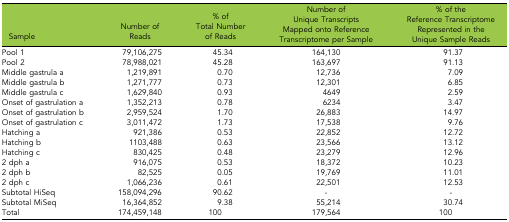
<table><thead><tr><td><b>Sample</b></td><td><b>Number of Reads</b></td><td><b>% of Total Number of Reads</b></td><td><b>Number of Unique Transcripts Mapped onto Reference Transcriptome per Sample</b></td><td><b>% of the Reference Transcriptome Represented in the Unique Sample Reads</b></td></tr></thead><tbody><tr><td>Pool 1</td><td>79,106,275</td><td>45.34</td><td>164,130</td><td>91.37</td></tr><tr><td>Pool 2</td><td>78,988,021</td><td>45.28</td><td>163,697</td><td>91.13</td></tr><tr><td>Middle gastrula a</td><td>1,219,891</td><td>0.70</td><td>12,736</td><td>7.09</td></tr><tr><td>Middle gastrula b</td><td>1,271,777</td><td>0.73</td><td>12,301</td><td>6.85</td></tr><tr><td>Middle gastrula c</td><td>1,629,840</td><td>0.93</td><td>4649</td><td>2.59</td></tr><tr><td>Onset of gastrulation a</td><td>1,352,213</td><td>0.78</td><td>6234</td><td>3.47</td></tr><tr><td>Onset of gastrulation b</td><td>2,959,524</td><td>1.70</td><td>26,883</td><td>14.97</td></tr><tr><td>Onset of gastrulation c</td><td>3,011,472</td><td>1.73</td><td>17,538</td><td>9.76</td></tr><tr><td>Hatching a</td><td>921,386</td><td>0.53</td><td>22,852</td><td>12.72</td></tr><tr><td>Hatching b</td><td>1103,488</td><td>0.63</td><td>23,566</td><td>13.12</td></tr><tr><td>Hatching c</td><td>830,425</td><td>0.48</td><td>23,279</td><td>12.96</td></tr><tr><td>2 dph a</td><td>916,075</td><td>0.53</td><td>18,372</td><td>10.23</td></tr><tr><td>2 dph b</td><td>82,525</td><td>0.05</td><td>19,769</td><td>11.01</td></tr><tr><td>2 dph c</td><td>1,066,236</td><td>0.61</td><td>22,501</td><td>12.53</td></tr><tr><td>Subtotal HiSeq</td><td>158,094,296</td><td>90.62</td><td>-</td><td>-</td></tr><tr><td>Subtotal MiSeq</td><td>16,364,852</td><td>9.38</td><td>55,214</td><td>30.74</td></tr><tr><td>Total</td><td>174,459,148</td><td>100</td><td>179,564</td><td>100</td></tr></tbody></table>